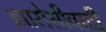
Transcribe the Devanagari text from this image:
झारोसीवादी